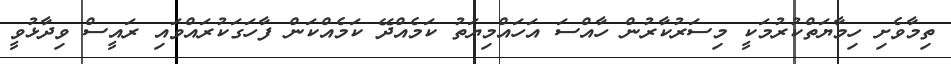
ތިމާވެށި ހިމާޔަތްކުރުމަކީ މިސަރުކާރުން ހާއްސަ އަހައްމިޔަތު ކަމެއްދޭ ކަމެއްކަން ފާހަގަކުރައްވައި ރައީސް ވިދާޅުވީ